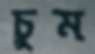
চুম